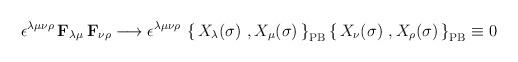
LaTeX: \begin{align*}\epsilon^{\lambda\mu\nu\rho}\, \mathbf{F}_{\lambda\mu}\, \mathbf{F}_{\nu\rho}\longrightarrow \epsilon^{\lambda\mu\nu\rho}\,\left\{\, X_\lambda(\sigma)\ , X_\mu(\sigma)\,\right\}_{\mathrm{PB}}\left\{\, X_\nu(\sigma)\ , X_\rho(\sigma)\,\right\}_{\mathrm{PB}}\equiv 0\end{align*}